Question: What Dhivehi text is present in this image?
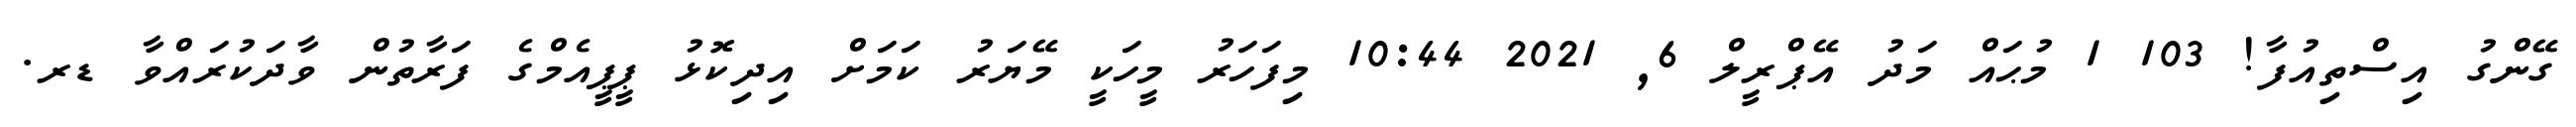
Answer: ގޭންގު އިސްތިއުފާ! 103 1 މުޙައް މަދު އޭޕްރީލް 6, 2021 10:44 މިފަހަރު މީހަކީ މޭޔަރު ކަމަށް އިދިކޮޅު ޕީޕީއެމްގެ ފަރާތުން ވާދަކުރައްވާ ޑރ.